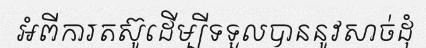
អំពីការតស៊ូដើម្បីទទួលបាននូវសាច់ដុំ